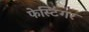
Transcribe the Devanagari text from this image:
फेस्टिंगर